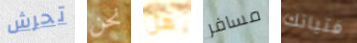
تحرش نحن هل مسافر فتياتك